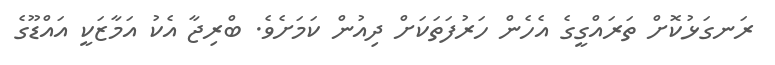
ރަނގަޅުކޮށް ތަރައްގީގެ އެހެން ހަރުފަތަކަށް ދިއުން ކަމަށެވެ. ބްރިޖާ އެކު އަމާޒަކީ އައްޑޫގެ